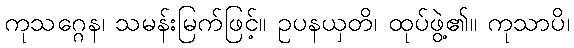
ကုသဂ္ဂေန၊ သမန်းမြက်ဖြင့်။ ဥပနယှတိ၊ ထုပ်ဖွဲ့၏။ ကုသာပိ၊